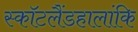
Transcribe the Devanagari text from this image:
स्कॉटलैंडहालांकि